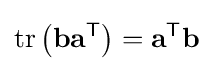
\operatorname {tr} \left(\mathbf {b} \mathbf {a} ^{\textsf {T}}\right)=\mathbf {a} ^{\textsf {T}}\mathbf {b}